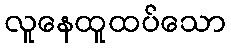
လူနေထူထပ်သော